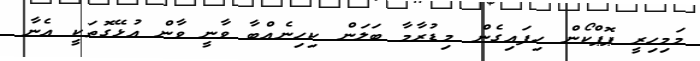
މަމިހިރީ ޕޮޕްކޯން ހިފައިގެން މިޑުރާމާ ބަލަން ކިހިނެއްބާ ވާނީ ވާން އުޅޭގޮތަކީ ޢެނާ